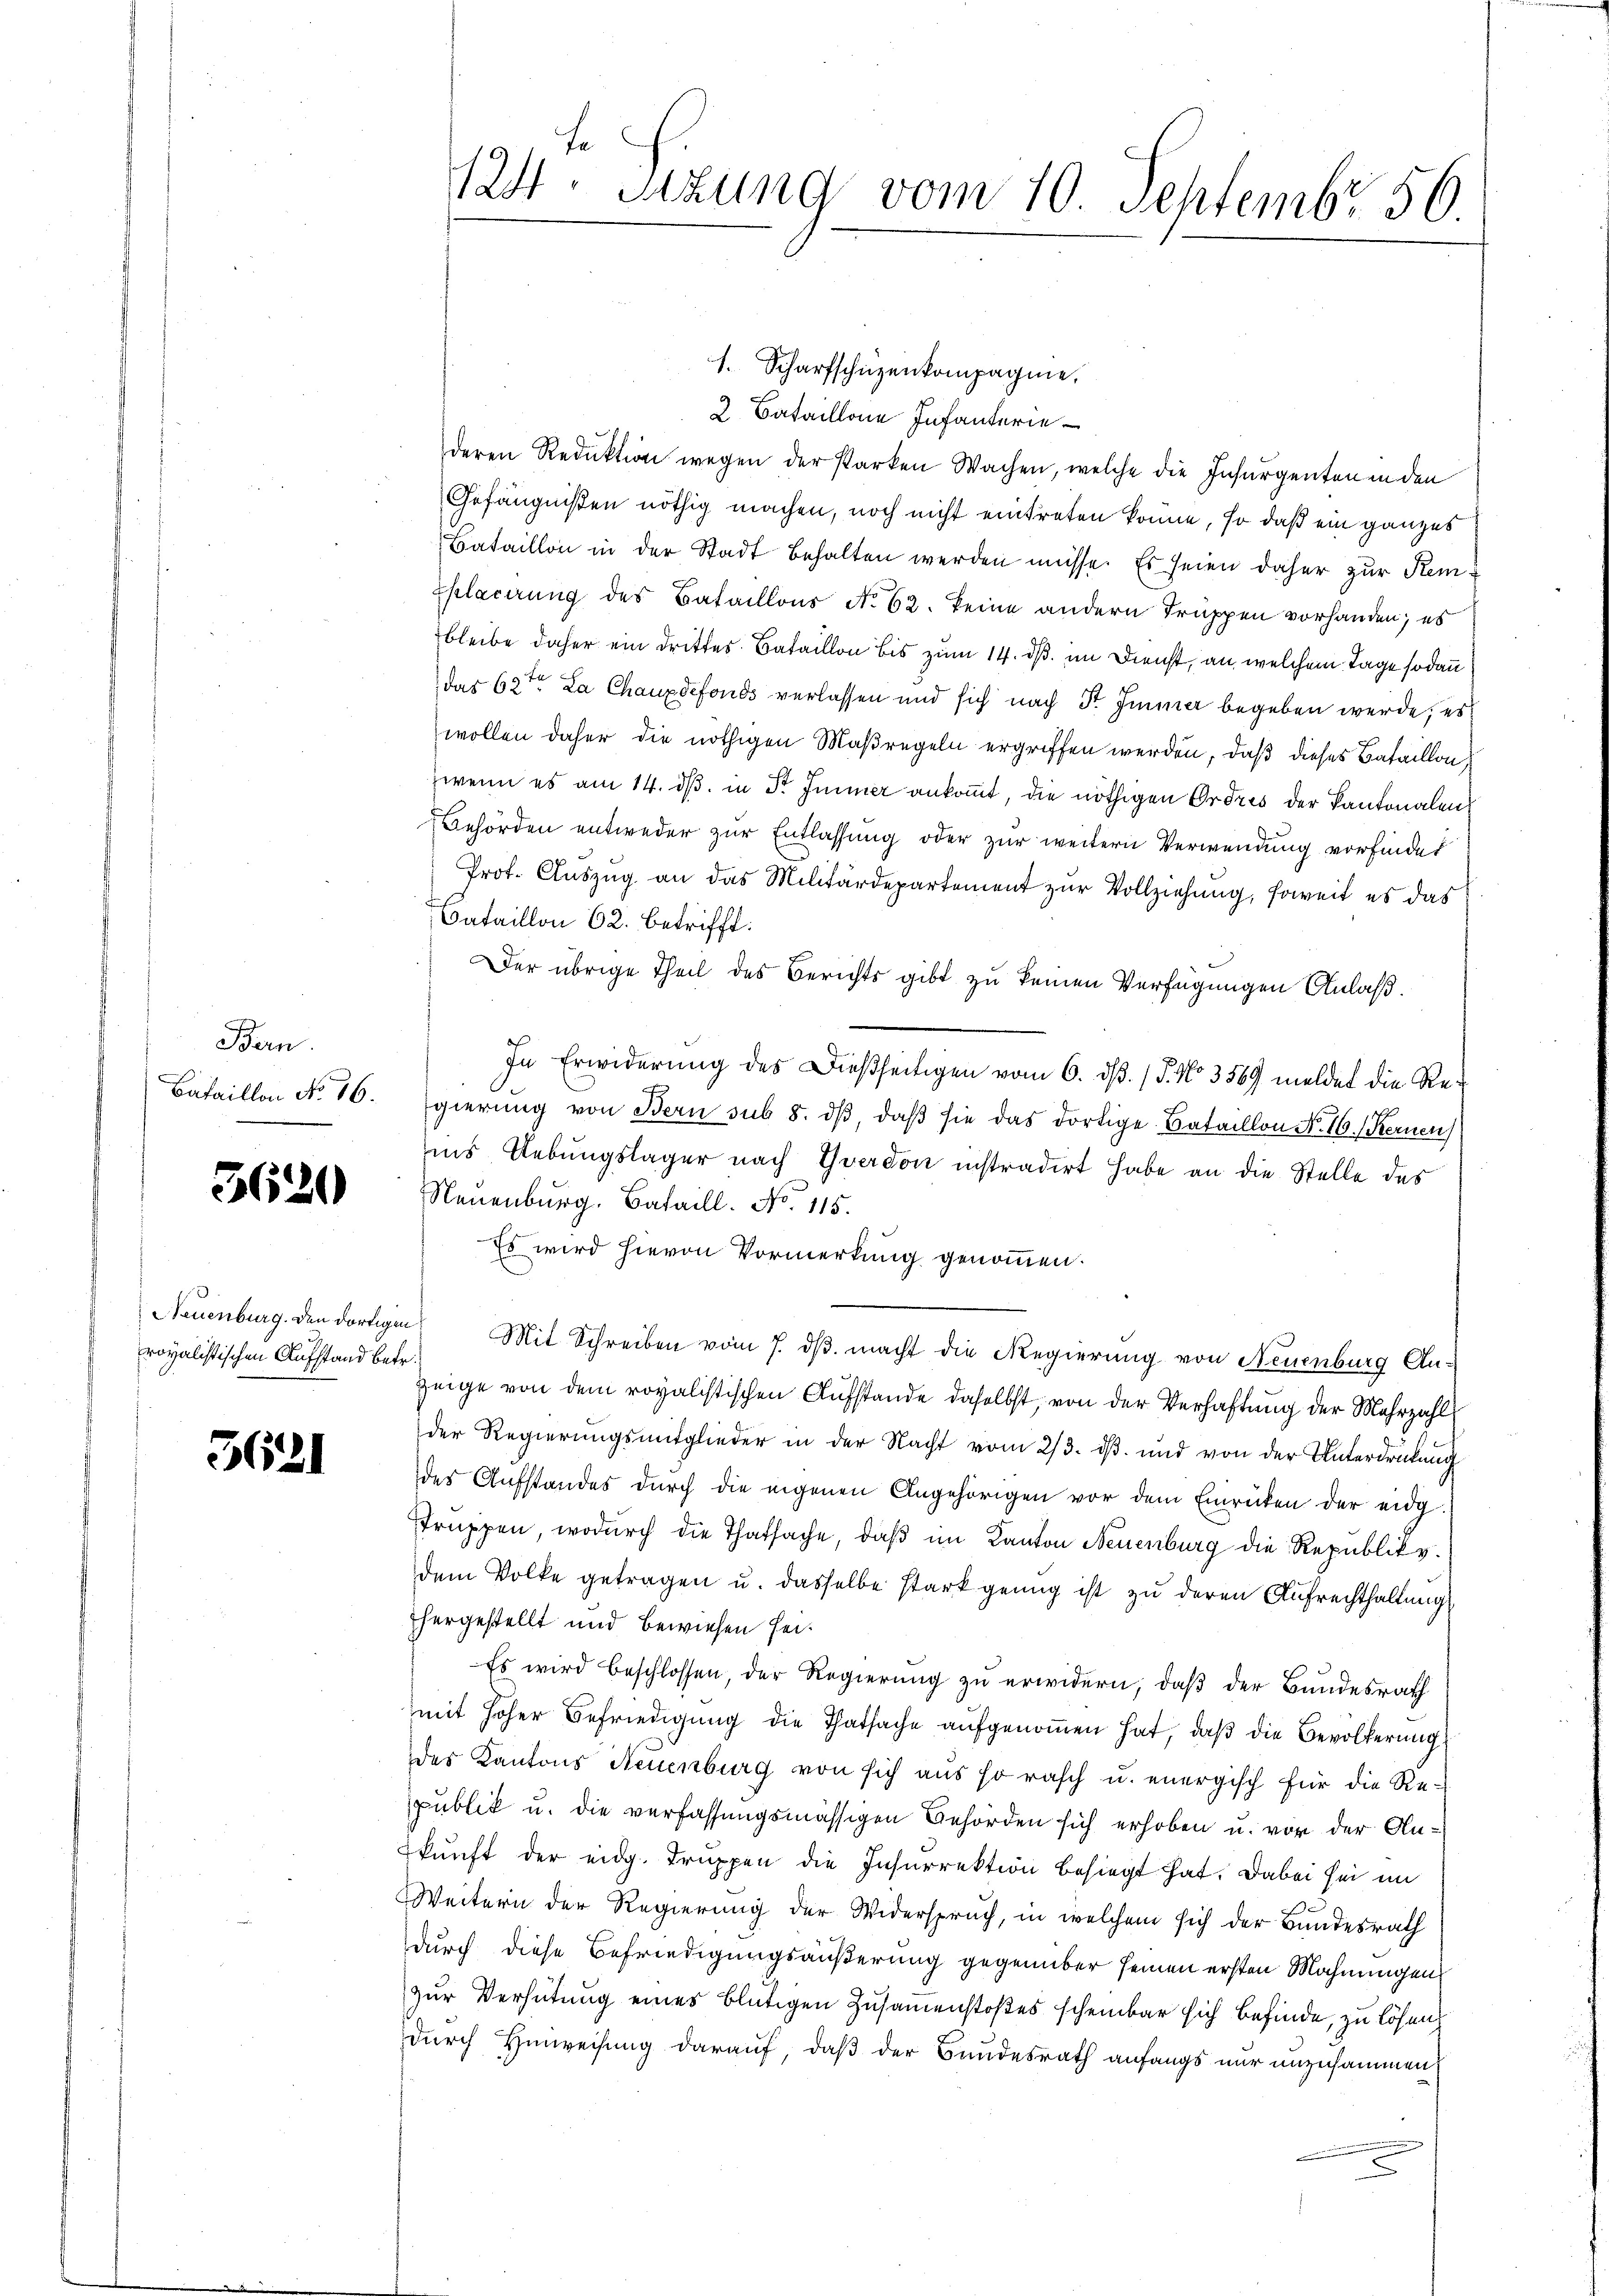
Bern

3620

royalistischen Aufstand betr.

3621

1. Scharfschüzenkompagnie,
2 Bataillone Infanterie
deren Reduktion wegen der starken Wachen, welche die Insurgenten in den
Gefängnißen nöthig machen, noch nicht eintreten könne, so daß ein ganzes
Bataillon in der Stadt behalten werden müsse. Es seien daher zur Kem¬
Eplacirung des Bataillons No 62. keine andern Truppen vorhanden; es
bleibe daher ein drittes Bataillon bis zum 14. dß im Dienst, an welchem Tage sodann
das 62ten La Chauxdefonds verlassen und sich nach Str. Immer begeben werde; es
wollen daher die nöthigen Maßregeln ergriffen werden, daß dieses Bataillon
wenn es am 14. ds. in Sr. Immer ankommt, die nöthigen Ordres der Kantonalen
Behörden entweder zur Entlassung oder zur weitern Verwendung vorfindet
Prot. Auszug an das Militärdepartement zur Vollziehung, soweit es das
Bataillon 62. betrifft.
Der übrige Theil des Berichts gibt zu keinen Verfügungen Anlaß.
In Erwiderung des Dießseitigen vom 6. ds. (T. No 3569 meldet die Re¬
Bataillon No. 16. gierŭng von Bern sub 8. dβ, daβ sie das dortige Bataillon No. 16. Kernen
uus Uebungslager nach Yverdon instradirt habe an die Stelle des
Neuenburg, Bataill. No. 115.
Es wird hievon Vormerkung genommen.
Neuenburg. den dortigen Mit Schreiben vom 7. dβ macht die Regierung von Neuenburg An¬
Zeige von dem royalistischen Aufstande daselbst, von der Verhaftung der Mehrzahl
der Regierŭngsmitglieder in der Nacht vom 2/3. dβ. und von der Unterdrückung
des Aŭfstandes dŭrch die eigenen Angehörigen vor dem Einrüken der eidg.
Truppen, wodurch die Thatsache, daß im Kanton Neuenburg die Republike.
dem Volke getragen u. dasselbe stark genug ist zu deren Aufrechthaltung
fhergestellt und bewiesen sei¬
Es wird beschlossen, der Regierŭng zu erwidern, daß der Bundesrath
mit hoher Befriedigung die Thatsache aufgenoṁen hat, daß die Bevölkerung
des Kantons Neuenburg von sich aus so rasch u. energisch für die Re-
publik u. die verfassungsmässigen Behörden sich erhoben u. vor der Ankunft der eidg. Truppen die Insurrektion besiegt hat. Dabei sei im
Weitern der Regierung der Widerspruch, in welchem sich der Bundesrath
durch diese Befriedigungsäußerung gegenüber seinen ersten Mahnungen,
zur Verhütung eines blütigen Zusammenstoßes scheinbar sich befinde, zu lösen
durch Hinweisung darauf, daß der Bundesrath anfangs nur unzusammen

f
124. Satzung vom 10. Septembr 56.